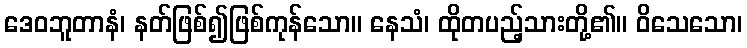
ဒေဝဘူတာနံ၊ နတ်ဖြစ်၍ဖြစ်ကုန်သော။ နေသံ၊ ထိုတပည့်သားတို့၏။ ဝိသေသော၊